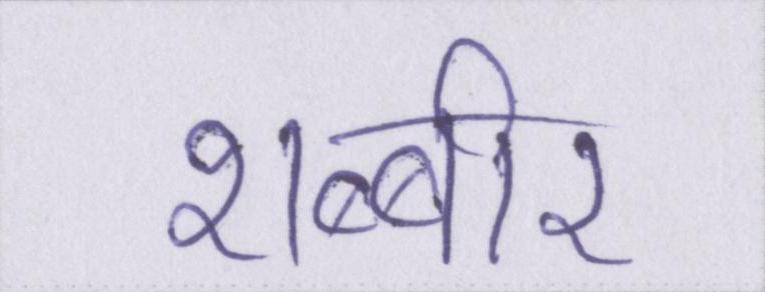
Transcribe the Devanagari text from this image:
शब्बीर